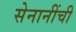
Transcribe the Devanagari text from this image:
सेनानींची